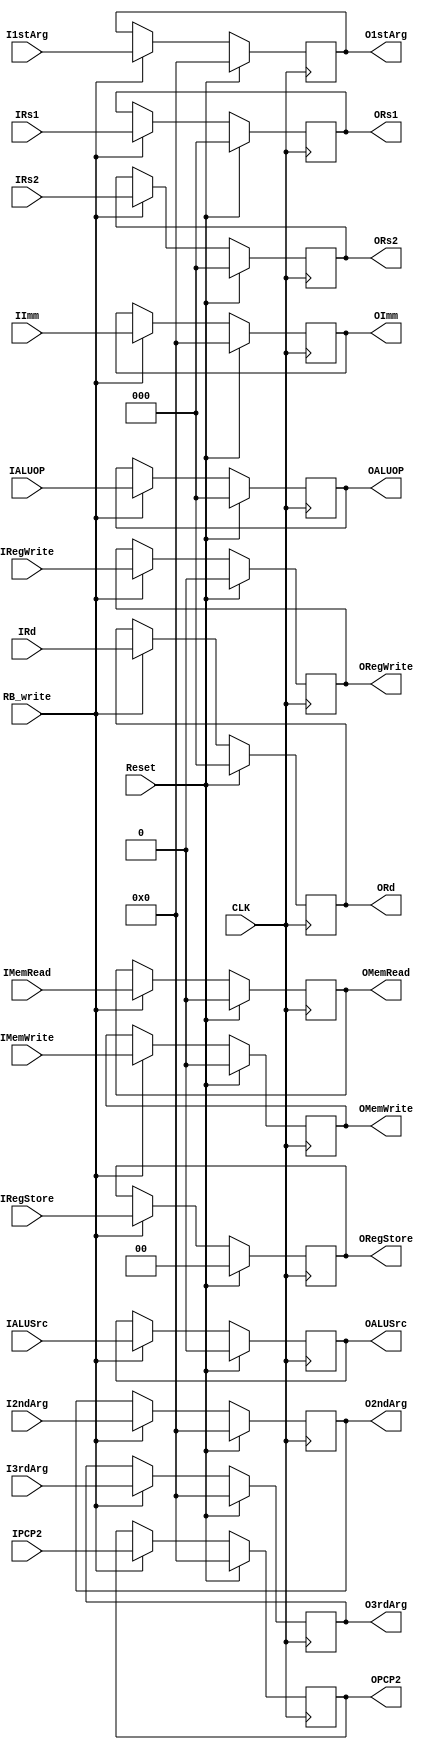
module ID_EX(
    input [0:0] IRegWrite,
    input [0:0] IALUSrc,
    input [2:0] IALUOP,
    input [0:0] IMemWrite,
    input [0:0] IMemRead,
    input [1:0] IRegStore,
    input [15:0] IPCP2,
    input [15:0] I1stArg,
    input [15:0] I2ndArg,
    input [15:0] I3rdArg,
    input [15:0] IImm,
    input [2:0] IRs1,
    input [2:0] IRs2,
    input [2:0] IRd,
    input CLK,
    input Reset,
    input RB_write,
    output reg[0:0] ORegWrite,
    output reg[0:0] OALUSrc,
    output reg[2:0] OALUOP,
    output reg[0:0] OMemWrite,
    output reg[0:0] OMemRead,
    output reg[1:0] ORegStore,
    output reg[15:0] OPCP2,
    output reg[15:0] O1stArg,
    output reg[15:0] O2ndArg,
    output reg[15:0] O3rdArg,
    output reg[15:0] OImm,
    output reg[2:0] ORs1,
    output reg[2:0] ORs2,
    output reg[2:0] ORd
);

always @ (posedge(CLK))
begin
    if (Reset != 1) begin
        if(RB_write == 1) begin
            ORegWrite <= IRegWrite;
            OALUSrc <= IALUSrc;
            OALUOP <= IALUOP;
            OMemWrite <= IMemWrite;
            OMemRead <= IMemRead;
            ORegStore <= IRegStore;
            OPCP2 <= IPCP2;
            O1stArg <= I1stArg;
            O2ndArg <= I2ndArg;
            O3rdArg <= I3rdArg;
            OImm <= IImm;
            ORs1 <= IRs1;
            ORs2 <= IRs2;
            ORd <= IRd;
        end
    end else begin 
            ORegWrite = 0;
            OALUSrc = 0;
            OALUOP = 0;
            OMemWrite = 0;
            OMemRead = 0;
            ORegStore = 0;
            OPCP2 = 0;
            O1stArg = 0;
            O2ndArg = 0;
            O3rdArg = 0;
            OImm = 0;
            ORs1 = 0;
            ORs2 = 0;
            ORd = 0;
    end
end

endmodule